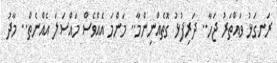
ރަނގަޅު ވައްތަރު ޖަހާ.. ދަރިފުޅު ގޮތެއްނިންމާ.. މަންމަ އެއްވެސް މައްސަލަ އެއްނެތް.. މާދު